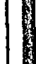
|